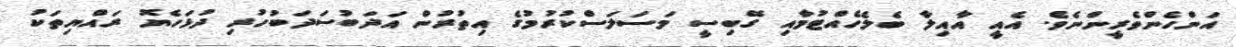
އަންހެންވެރީންނެވެ. އެއީ އާއިލާ ބެލެހެއްޓުމާއި ގޭބިސީ މަސަލަސްކުރުމުގެ އިތުރުން އަދަބުސަދަބުހުރި ދުޅަހެޔޮ ރައްޔިތަކު